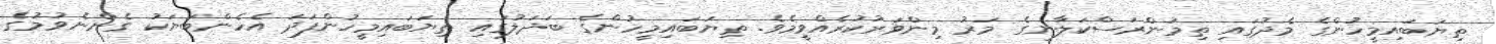
ތިޔަބައިމީހުންގެ މެދުގައި ތިމަންރަސްކަލާނގެ މަރު މިންވަރުކުރެއްވީމެވެ. ތިޔަބައިމީހުންގެ ބަދަލުގައި ތިޔަބައިމީހުންފަދަ އެހެންބަޔަކު ގެންނެވުމުގެ